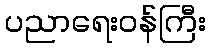
ပညာရေးဝန်ကြီး